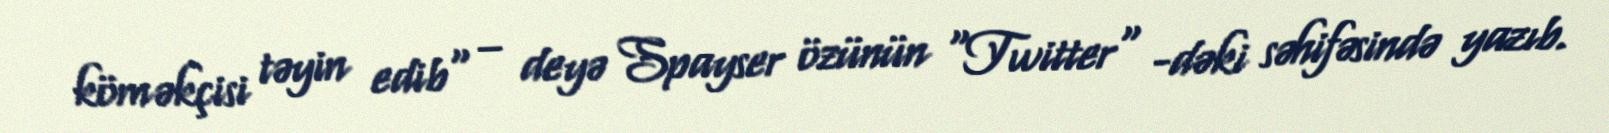
köməkçisi təyin edib" – deyə Spayser özünün "Twitter" -dəki səhifəsində yazıb.